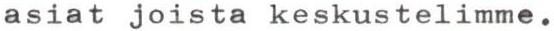
asiat joista keskustelimme.